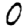
Digit: 0